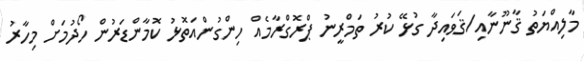
މާލިއްޔަތު ޤާނޫނާއި/ޤަވައިދާ ގުޅޭ ކުރު ތަމްރީނު ޕްރޮގްރާމެއް ހިންގުންއަތޮޅު ކޮމާންޑަރުން ހޯދުމަށް މިހާރު